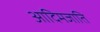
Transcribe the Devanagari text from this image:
आदिमजाति